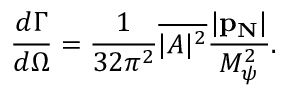
{ \frac { d \Gamma } { d \Omega } } = { \frac { 1 } { 3 2 \pi ^ { 2 } } } \overline { { { | A | ^ { 2 } } } } { \frac { | { \bf p _ { N } } | } { M _ { \psi } ^ { 2 } } } .